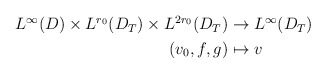
\begin{align*}\begin{aligned}L^\infty(D)\times L^{r_0}(D_T)\times L^{2r_0}(D_T)&\rightarrow L^\infty(D_T)\\(v_0,f,g)&\mapsto v\end{aligned}\end{align*}